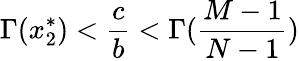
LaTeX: \Gamma(x_{2}^{*})<\frac{c}{b}<\Gamma(\frac{M-1}{N-1})